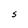
Character: S